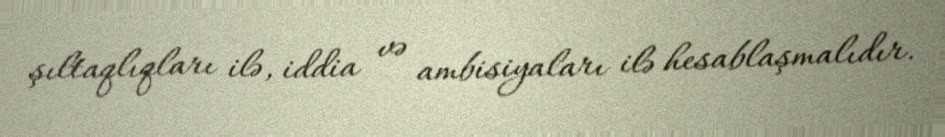
şıltaqlıqları ilə, iddia və ambisiyaları ilə hesablaşmalıdır.